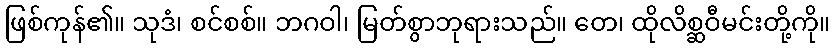
ဖြစ်ကုန်၏။ သုဒံ၊ စင်စစ်။ ဘဂဝါ၊ မြတ်စွာဘုရားသည်။ တေ၊ ထိုလိစ္ဆဝီမင်းတို့ကို။